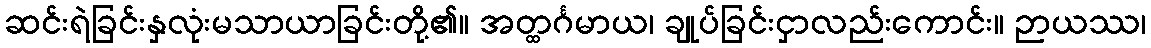
ဆင်းရဲခြင်းနှလုံးမသာယာခြင်းတို့၏။ အတ္ထင်္ဂမာယ၊ ချုပ်ခြင်းငှာလည်းကောင်း။ ဉာယဿ၊